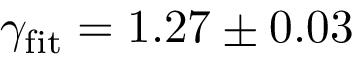
\gamma _ { \mathrm { f i t } } = 1 . 2 7 \pm 0 . 0 3